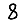
Digit: 8